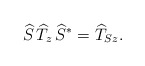
\begin{align*} \widehat{S}\, \widehat{T}_{z}\, \widehat{S}^{*} = \widehat{T}_{S z}.\end{align*}